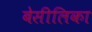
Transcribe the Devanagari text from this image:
बेसीलिका